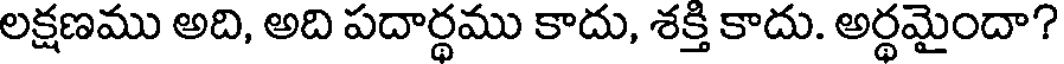
లక్షణము అది, అది పదార్థము కాదు, శక్తి కాదు. అర్థమైందా?